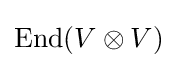
{\text{End}}(V\otimes V)